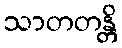
သာတတန္တိ